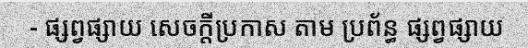
- ផ្សព្វផ្សាយ សេចក្តីប្រកាស តាម ប្រព័ន្ធ ផ្សព្វផ្សាយ